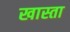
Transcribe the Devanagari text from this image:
खास्ता